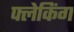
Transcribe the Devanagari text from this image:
फ्लेकिंग